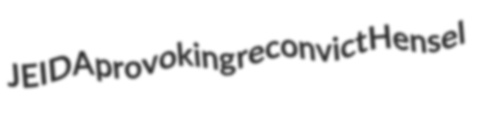
JEIDA provoking reconvict Hensel